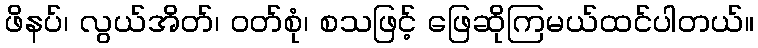
ဖိနပ်၊ လွယ်အိတ်၊ ဝတ်စုံ၊ စသဖြင့် ဖြေဆိုကြမယ်ထင်ပါတယ်။